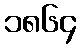
၁၈၆၄